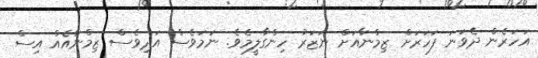
އަހަރެން ދެވަނަ ފަހަރަށް ޒިމްނާއަށް ނަޒަރު ހިންގާލީމެވެ. ނަމަވެސް އަދިވެސް ޒިމްނާއެއް އިސް